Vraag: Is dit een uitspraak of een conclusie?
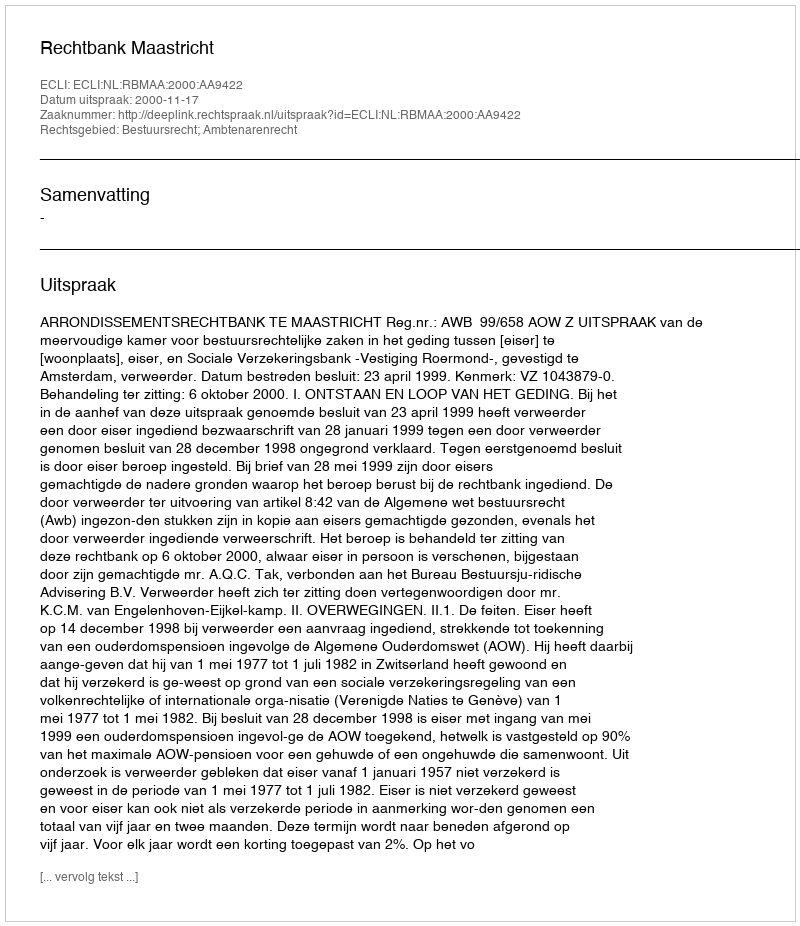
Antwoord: Uitspraak